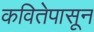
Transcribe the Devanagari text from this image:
कवितेपासून